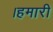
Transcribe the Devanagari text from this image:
।हमारी